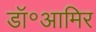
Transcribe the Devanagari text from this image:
डॉ॰आमिर